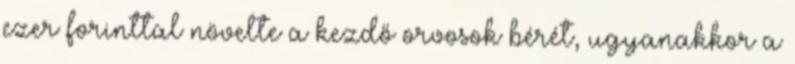
ezer forinttal növelte a kezdő orvosok bérét, ugyanakkor a